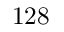
1 2 8